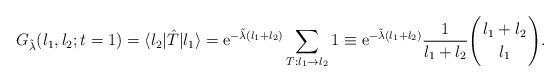
LaTeX: \begin{align*}G_{\tilde\lambda}(l_1,l_2;t=1)=\langle l_2|\hat T|l_1\rangle ={\rm e}^{-\tilde\lambda (l_1+l_2)} \sum_{T:l_1\rightarrow l_2} 1\equiv {\rm e}^{-\tilde\lambda (l_1+l_2)}\frac{1}{l_1+l_2}\Biggl( {l_1 +l_2 \atop l_1}\Biggr).\end{align*}